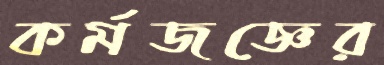
কর্মজজ্ঞের